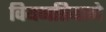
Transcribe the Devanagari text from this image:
वियनतियाने